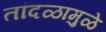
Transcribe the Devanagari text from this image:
तांदळामुळे